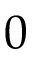
0